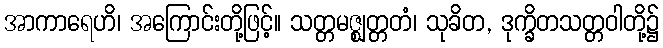
အာကာရေဟိ၊ အကြောင်းတို့ဖြင့်။ သတ္တမဇ္ဈတ္တတံ၊ သုခိတ, ဒုက္ခိတသတ္တဝါတို့၌